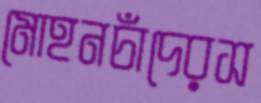
মোহনচাঁদেরস